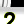
Digit: 2